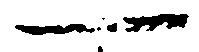
一